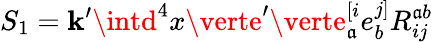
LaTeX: S_{1}=\mathbf{k}^{\prime}\intd^{4}x\verte^{\prime}\verte_{\mathfrak{a}}^{[i}e_{b}^{j]}R_{ij}^{\mathfrak{a}b}